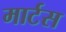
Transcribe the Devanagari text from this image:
मार्टस